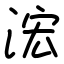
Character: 浤